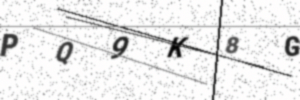
Text: PQ9K8G